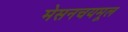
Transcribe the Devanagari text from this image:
मेसनचयमूल